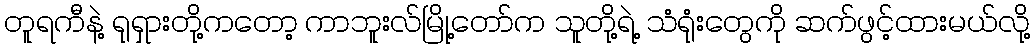
တူရကီနဲ့ ရုရှားတို့ကတော့ ကာဘူးလ်မြို့တော်က သူတို့ရဲ့ သံရုံးတွေကို ဆက်ဖွင့်ထားမယ်လို့